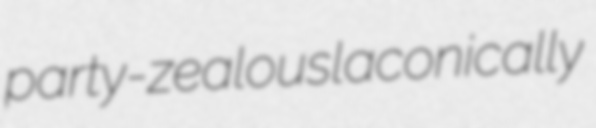
party-zealous laconically